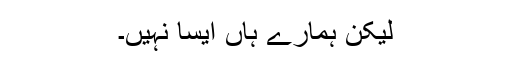
لیکن ہمارے ہاں ایسا نہیں۔